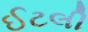
ઈટલી